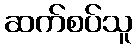
ဆက်စပ်သူ